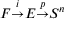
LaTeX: F { \overset { i } { \to } } E { \overset { p } { \to } } S ^ { n }